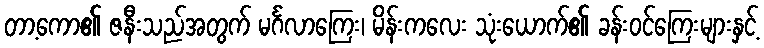
တာ့ကော၏ ဇနီးသည်အတွက် မင်္ဂလာကြေး၊ မိန်းကလေး သုံးယောက်၏ ခန်းဝင်ကြေးများနှင့်